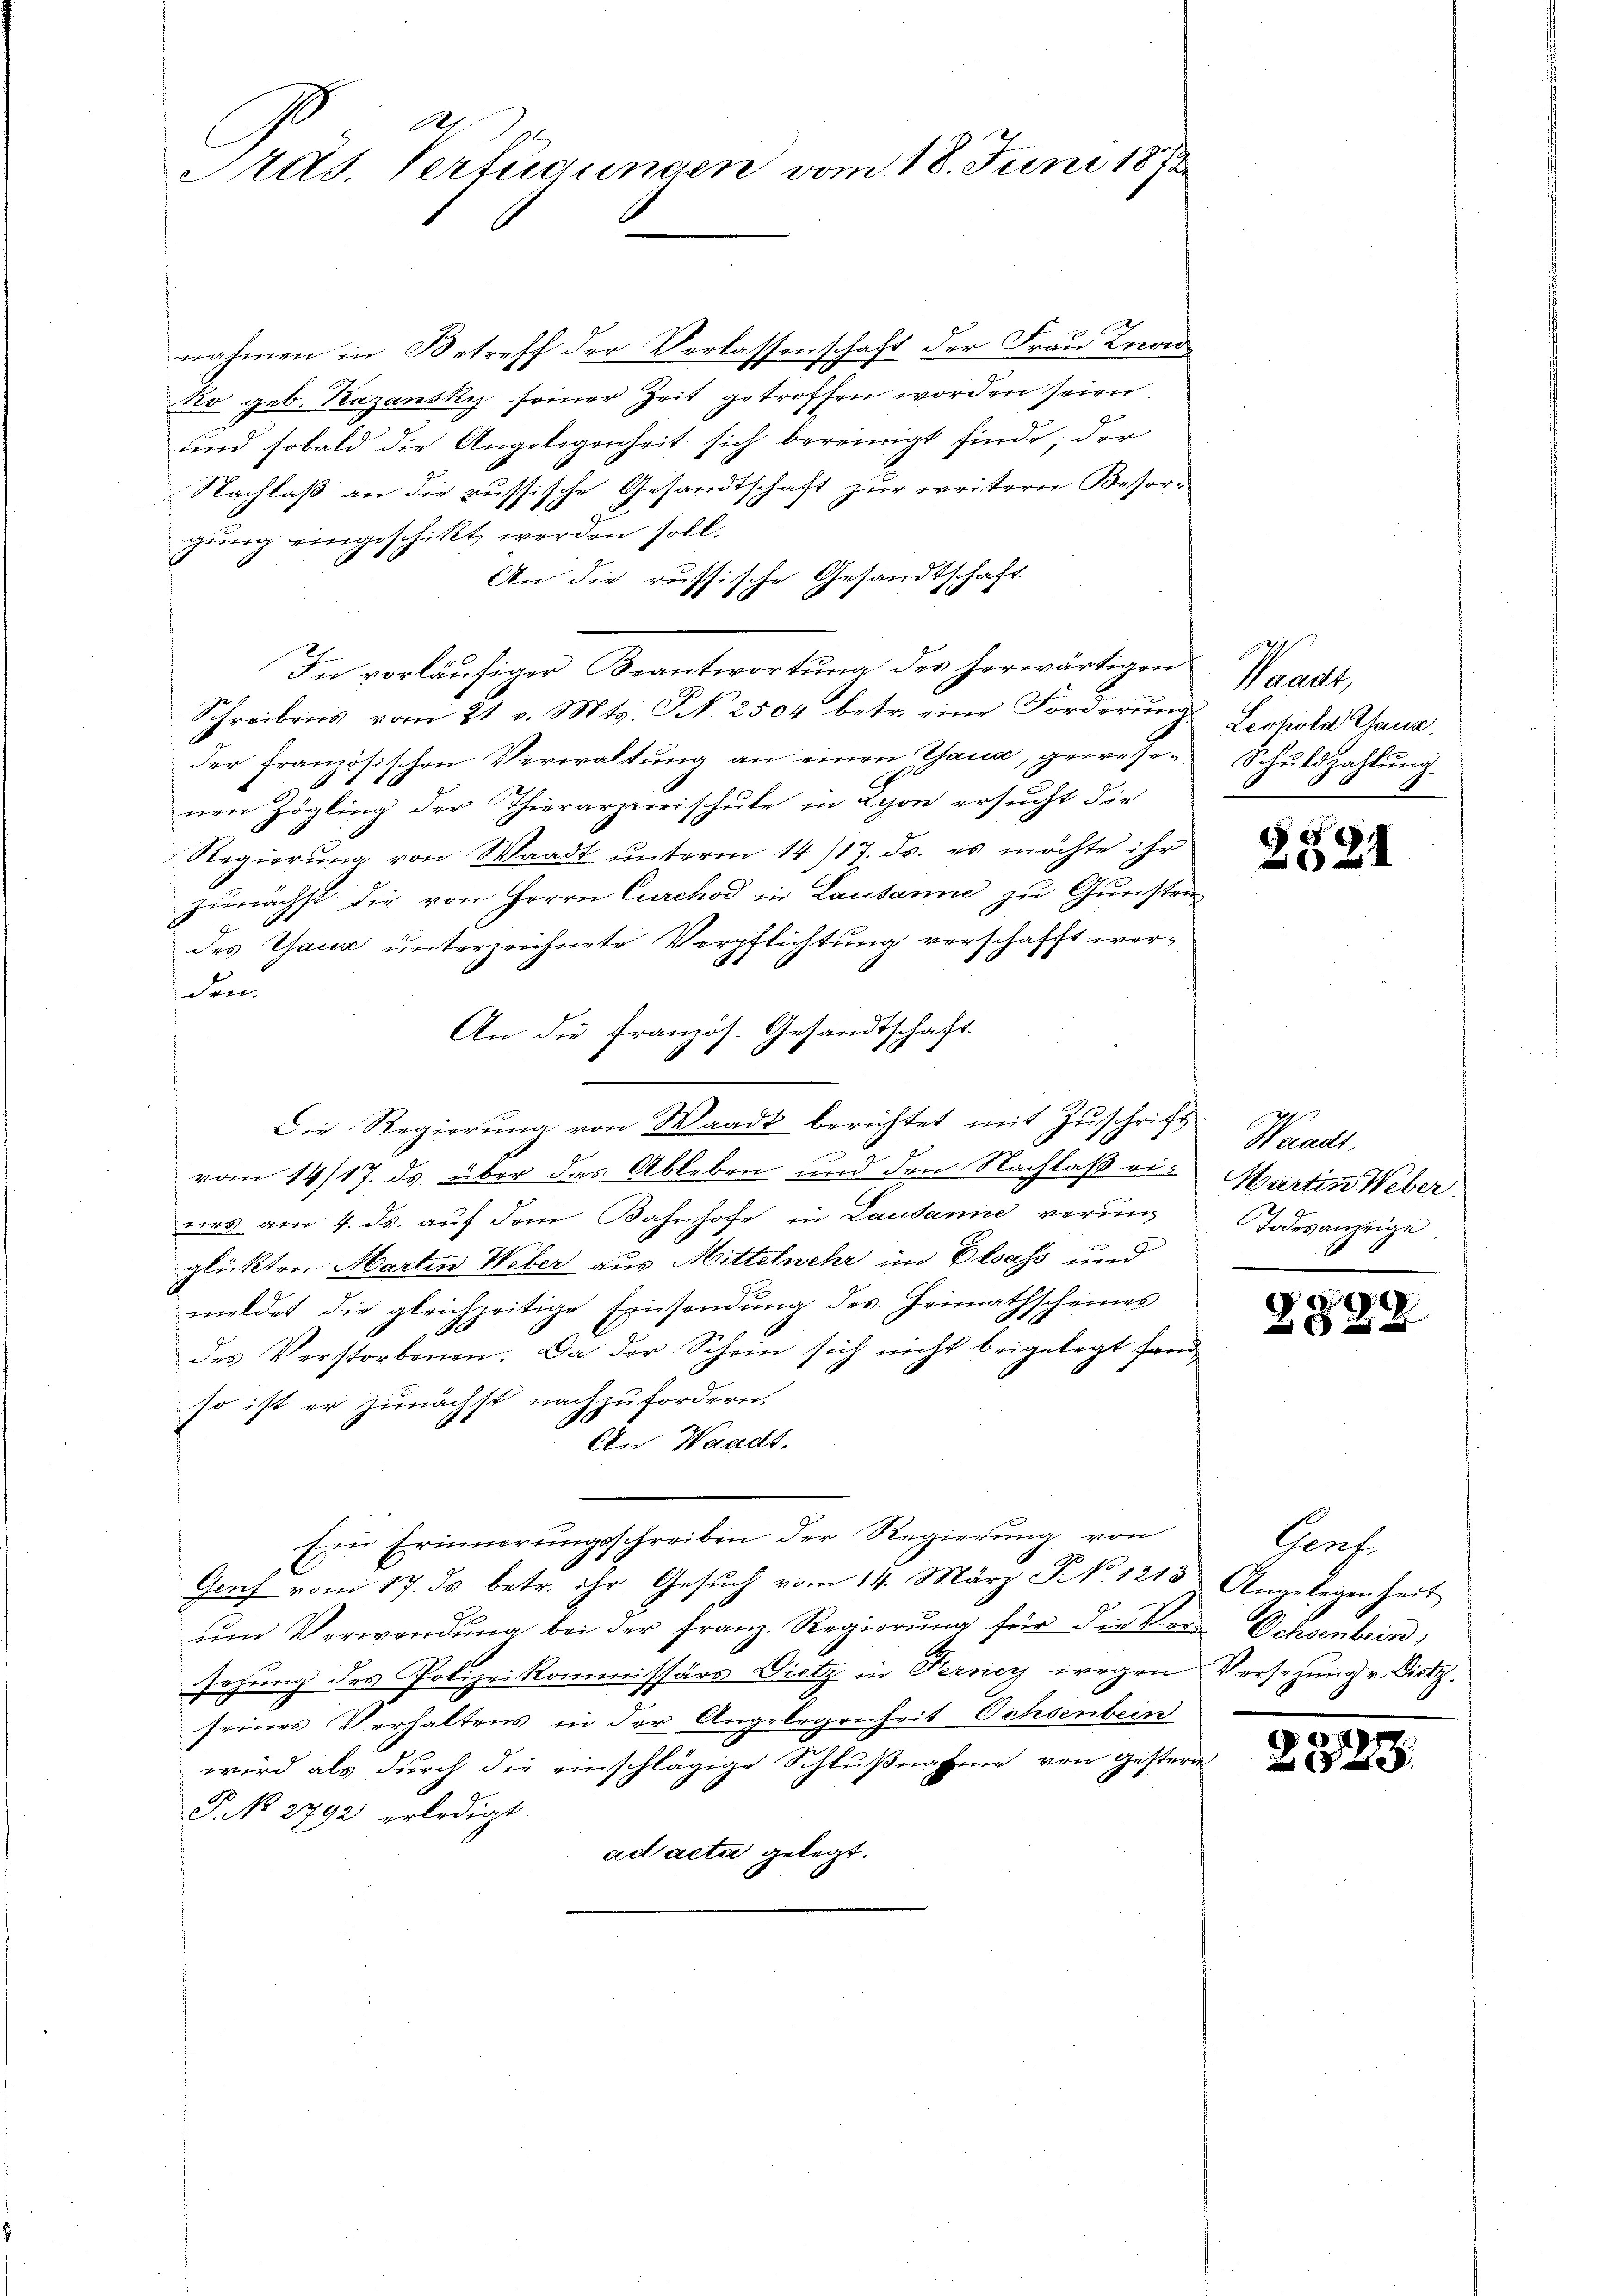
Auts. Verfügungen vom 18. Juni 1873

nahmen in Betreff der Verlassenschaft der Frau Knon
ko geb. Kazansky seiner Zeit getroffen worden seien
und sobald die Angelegenheit sich bereinigt finde, der
Nachlaß an die russische Gesandtschaft zur weitern Besorgung eingeschikt werden soll.
An die russische Gesandtschaft
In vorläufiger Beantwortung des herwärtigen
Schreibens vom 21. v. Mts. N. 2504 betr. eine Forderung
der Französischen Verwaltung an einen Thana, gewesenen Zögling der Thierarzneischule in Lyon ersucht die
Regierung von Waadt unterm 14/17. ds. es möchte ihr
zunächst die von Herrn Curchod die Lausanne zu Gunstrades Ganz unterzeichnete Verpflichtung verschafft werden.
An die französ. Gesandtschaft.
Die Regierung von Waadt berichtet mit Zuschrift
vom 14/17. ds. über das Ableben und den Nachlaß eines am 4. ds. auf dem Bahnhofe in Lausanne verunglückten Martin Weber aus Mittelmehr im Elsass und
meldet die gleichzeitige Einsendung des Heimathscheines
des Verstorbenen. Da der Schein sich nicht beigelegt fand
so ist er zunächst nachzufordern.
An Waadt.
Eine Erinnerungsschreiben der Regierung von
Genf vom 17. ds. betr. ihr Gesuch vom 14. März Z. 1213. Angelegenheit
ŭm Verwendŭng bei der Franz. Regierŭng für die Ver- Ochsenbein
sezung des Polizeikommissärs Dietz in Ferney wegen
seines Verhaltens in der Angelegenheit Ochsenbein
wird als durch die einschlägige Schlußnahme von gestern
P. No. 2792 erledigt.
ad acta gelegt.

Waadt,
Leohold Ganz
Schŭldzahlŭng.

§§21

Waadt.
Martin Weber.
Todesanzeige.

e
   |

Gent.
Versezung v. Dietz.

e
28